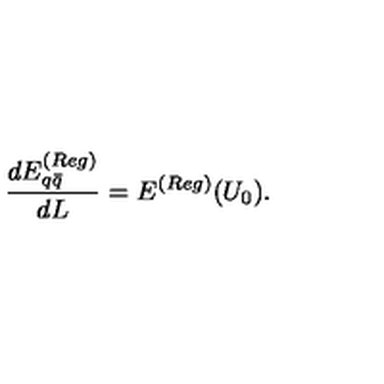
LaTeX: \frac { d E _ { q \bar { q } } ^ { ( R e g ) } } { d L } = E ^ { ( R e g ) } ( U _ { 0 } ) .